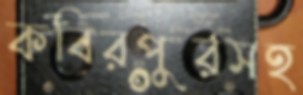
কবিরপুরসহ